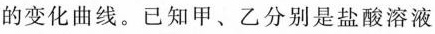
的变化曲线。已知甲、乙分别是盐酸溶液